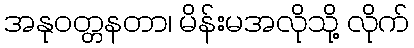
အနုဝတ္တနတာ၊ မိန်းမအလိုသို့ လိုက်